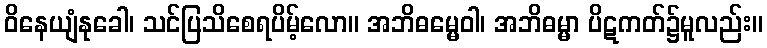
ဝိနေယျံနုခေါ၊ သင်ပြသိစေရပိမ့်လော။ အဘိဓမ္မေဝါ၊ အဘိဓမ္မာ ပိဋကတ်၌မူလည်း။